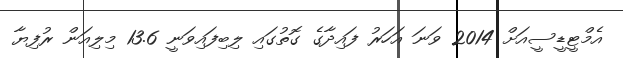
އެމްޓީޑީސީއަށް 2014 ވަނަ އަހަރު ފައިދާގެ ގޮތުގައި ލިބިފައިވަނީ 13.6 މިލިއަން ރުފިޔާ